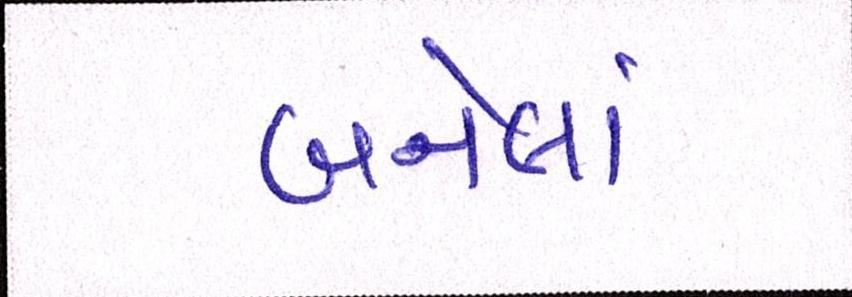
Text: બનેલાં